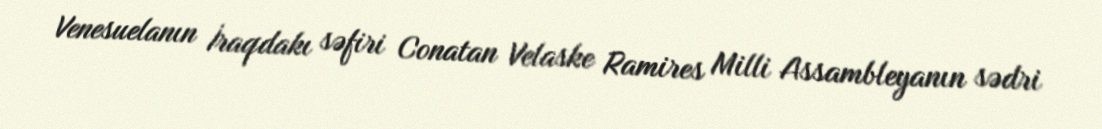
Venesuelanın İraqdakı səfiri Conatan Velaske Ramires Milli Assambleyanın sədri